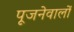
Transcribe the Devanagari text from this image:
पूजनेवालों